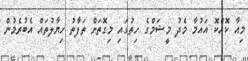
މިއާ ކޮއްކޮ އައުމާ މެދު މީޝަމްގެ ހިތުގައި މިގޮތަށް ތަފާތު ހިޔާލުތައް އެބުރެމުން